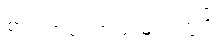
စာရွက်စာတမ်းများတွင်